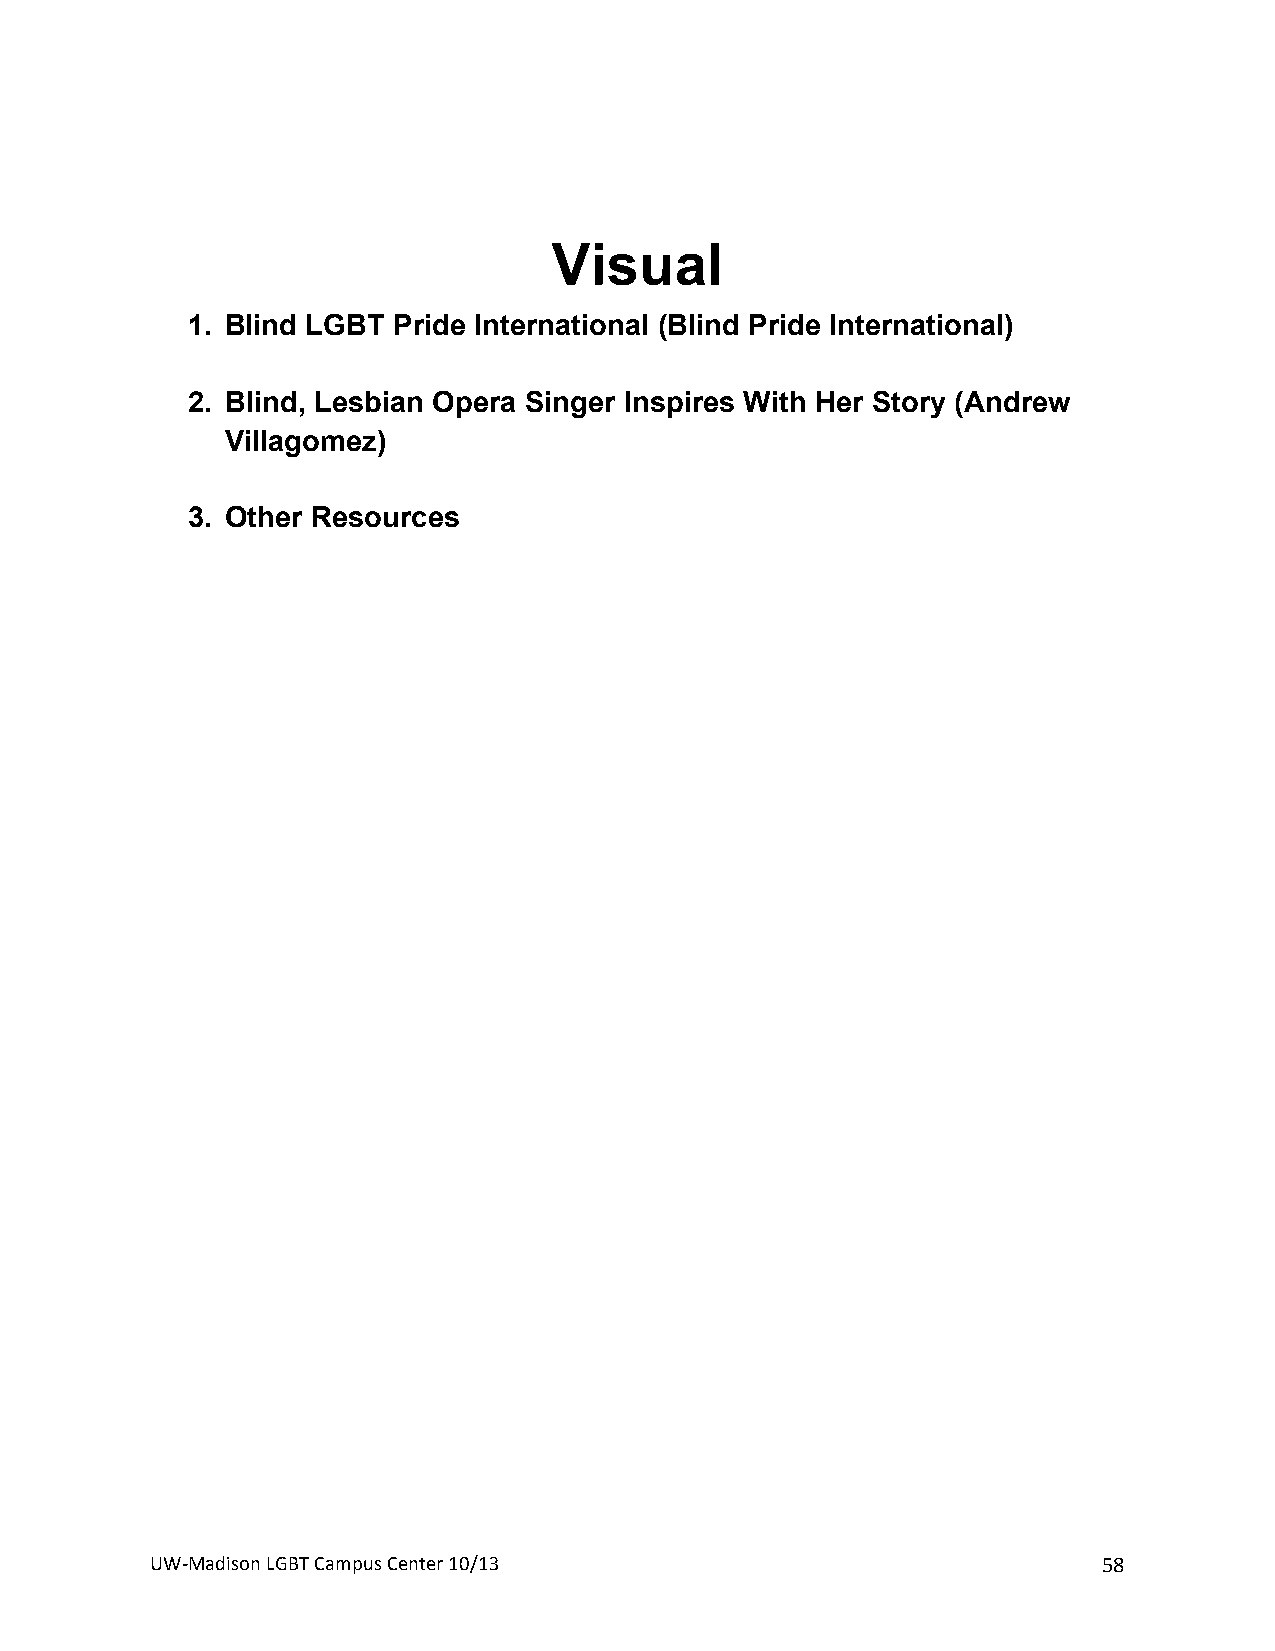
!
 Visual
 1. Blind LGBT Pride International (Blind Pride International)
 2. Blind, Lesbian Opera Singer Inspires With Her Story (Andrew
 Villagomez)
 3. Other Resources
 +
 +
 +                   +
 UW#Madison+LGBT+Campus+Center+10/13+                           58+